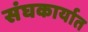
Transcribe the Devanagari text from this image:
संघकार्यात